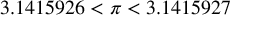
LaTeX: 3 . 1 4 1 5 9 2 6 < \pi < 3 . 1 4 1 5 9 2 7